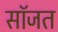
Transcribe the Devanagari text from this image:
सॉजत